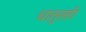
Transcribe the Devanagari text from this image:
धातुतही